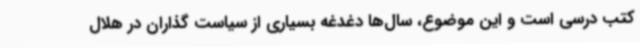
کتب درسی است و این موضوع، سال‌ها دغدغه بسیاری از سیاست گذاران در هلال